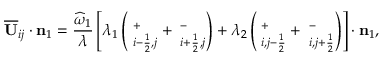
\overline { { \mathbf { U } } } _ { i j } \cdot \mathbf { n } _ { 1 } = \frac { \widehat { \omega } _ { 1 } } { \lambda } \left[ \lambda _ { 1 } \left( { \bf \Pi } _ { i - \frac { 1 } { 2 } , j } ^ { + } + { \bf \Pi } _ { i + \frac { 1 } { 2 } , j } ^ { - } \right) + \lambda _ { 2 } \left( { \bf \Pi } _ { i , j - \frac { 1 } { 2 } } ^ { + } + { \bf \Pi } _ { i , j + \frac { 1 } { 2 } } ^ { - } \right) \right] \cdot \mathbf { n } _ { 1 } ,